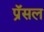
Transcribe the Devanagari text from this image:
प्रॅसल